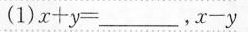
(1)$$x + y = ___$$,$$x - y